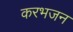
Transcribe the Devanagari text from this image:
करभजन